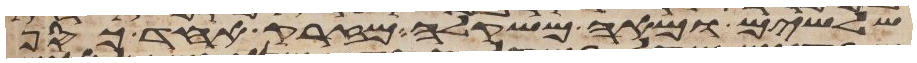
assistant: שלשים ומאה משקלה מזרק אחד כסף